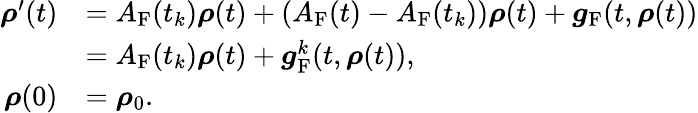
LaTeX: \begin{array}{rl}{\boldsymbol\rho^{\prime}(t)}&{=A_{\mathrm{F}}(t_{k})\boldsymbol\rho(t)+(A_{\mathrm{F}}(t)-A_{\mathrm{F}}(t_{k}))\boldsymbol\rho(t)+\boldsymbol g_{\mathrm{F}}(t,\boldsymbol\rho(t))}\\ &{=A_{\mathrm{F}}(t_{k})\boldsymbol\rho(t)+\boldsymbol g_{\mathrm{F}}^{k}(t,\boldsymbol\rho(t)),}\\ {\boldsymbol\rho(0)}&{=\boldsymbol\rho_{0}.}\end{array}